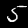
Digit: 5